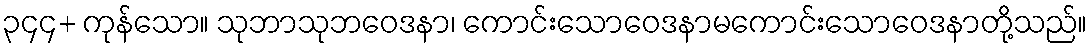
၃၄၄+ ကုန်သော။ သုဘာသုဘဝေဒနာ၊ ကောင်းသောဝေဒနာမကောင်းသောဝေဒနာတို့သည်။